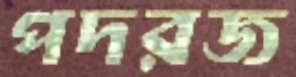
পদরজ